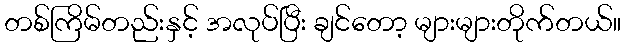
တစ်ကြိမ်တည်းနှင့် အလုပ်ပြီး ချင်တော့ များများတိုက်တယ်။